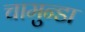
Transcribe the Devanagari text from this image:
चामुन्डा